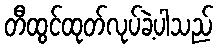
တီထွင်ထုတ်လုပ်ခဲ့ပါသည်